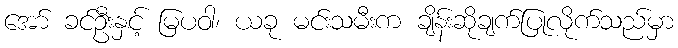
အော် ခင်ဦးနှင့် မြပဝါ၊ ယခု မင်းသမီးက ချိန်းဆိုချက်ပြုလိုက်သည်မှာ